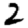
Digit: 2